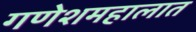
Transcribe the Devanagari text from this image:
गणेशमहालात